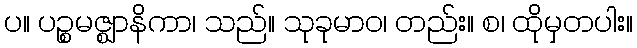
ပ။ ပဉ္စမဇ္ဈာနိကာ၊ သည်။ သုခုမာဝ၊ တည်း။ စ၊ ထိုမှတပါး။